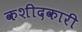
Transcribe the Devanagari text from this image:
कशीदकारी